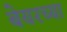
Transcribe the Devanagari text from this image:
बेयरच्या